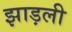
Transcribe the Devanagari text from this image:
झाड़ली